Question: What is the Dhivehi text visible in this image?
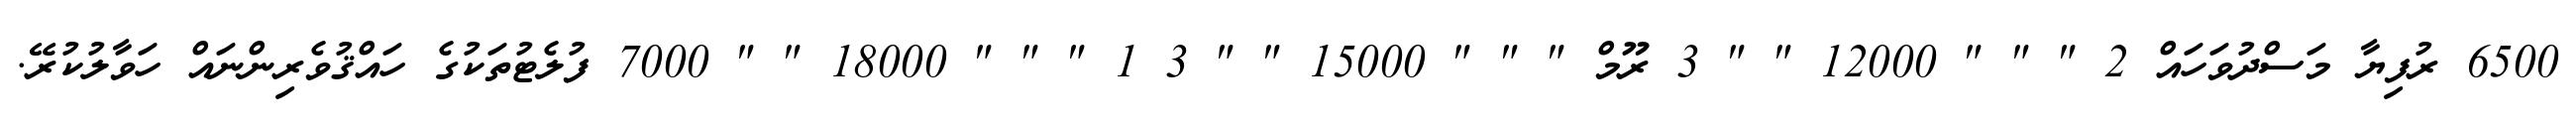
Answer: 6500 ރުފިޔާ މަސްދުވަހައް 2 " " " 12000 " " 3 ރޫމް " " " 15000 " " 3 1 " " " 18000 " " 7000 ފުލެޓުތަކުގެ ހައްޤުވެރިންނައް ހަވާލުކުރޭ.